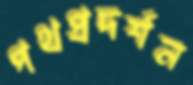
পথপ্রদর্শন